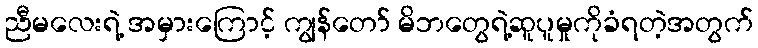
ညီမလေးရဲ့ အမှားကြောင့် ကျွန်တော် မိဘတွေရဲ့ဆူပူမှုကိုခံရတဲ့အတွက်